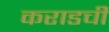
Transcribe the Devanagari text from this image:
कराडची